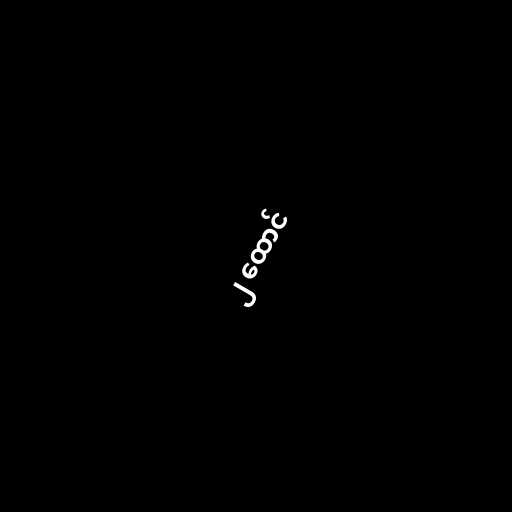
၂ ထောင်